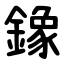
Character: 鐌